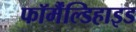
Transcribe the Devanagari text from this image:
फॉर्मैंल्डिहाइड